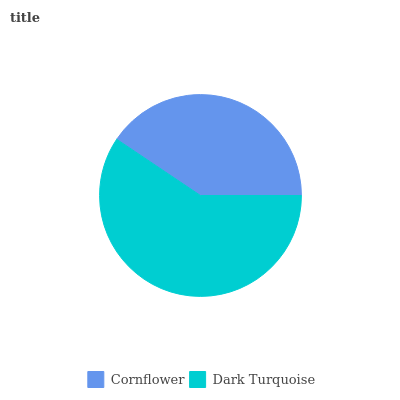
| Cornflower | Dark Turquoise |
 | --- | --- |
 | 40.6% | 59.4% |